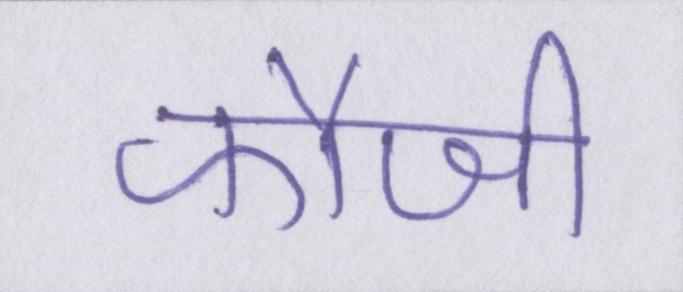
फौजी